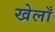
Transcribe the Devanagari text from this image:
खेलाँ